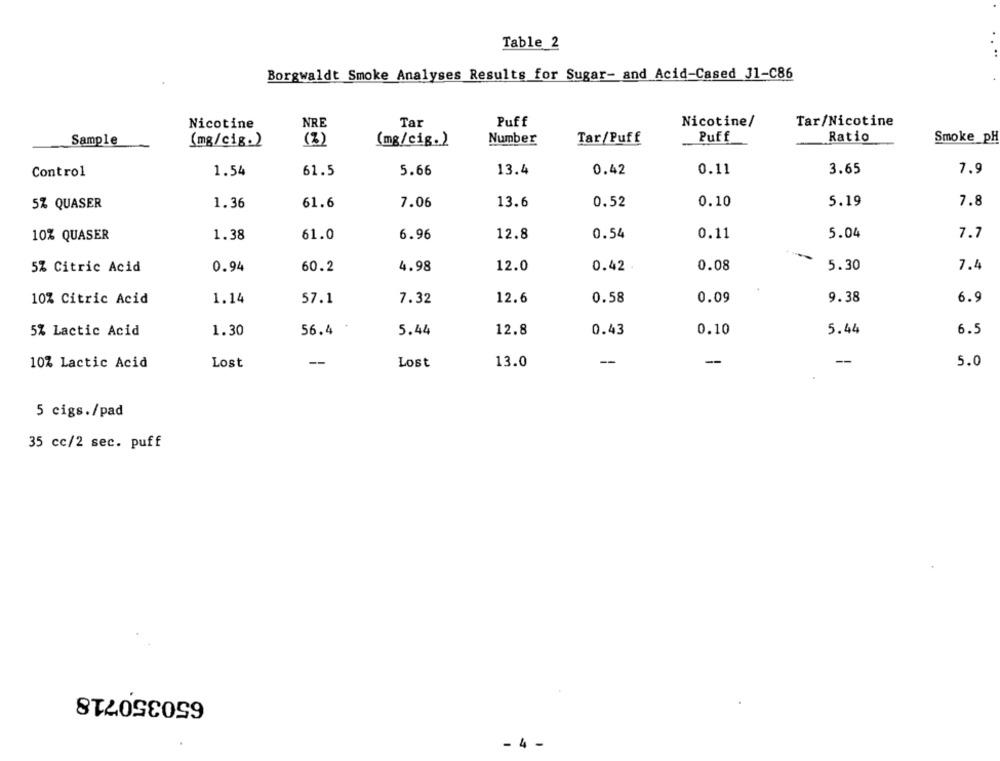
Table 2
Borgwaldt Smoke Analyses Results for Sugar- and Acid-Cased J1-C86
Tar
Nicotine/
Tar/Nicotine
Nicotine
NRE
Puff
Puff
Ratio
Smoke_pH
Sample
(mg/cig.)
(2)
(mg/cig.)
Number
Tar/Puff
Control
1.54
61.5
5.66
13.4
0.42
0.11
3.65
7.9
5% QUASER
1.36
61.6
7.06
13.6
0.52
0.10
5.19
7.8
10% QUASER
1.38
61.0
6.96
12.8
0.54
0.11
5.04
7.7
4.98
12.0
0.08
5.30
7.4
5% Citric Acid
0.94
60.2
0.42 .
6.9
10% Citric Acid
1.14
57.1
7.32
12.6
0.58
0.09
9.38
5% Lactic Acid
1.30
56.4
5.44
12.8
0.43
0.10
5.44
6.5
10% Lactic Acid
Lost
-
Lost
13.0
--
--
-
5.0
5 cigs./pad
35 cc/2 sec. puff
650350718
- 4 -